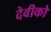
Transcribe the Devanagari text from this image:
देवीको